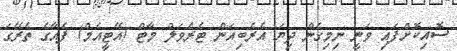
ސޮއިކޮށްފައި ވަނީ ނިމިގެން ދިޔަ އެރެބިއަން ޓެރެވަލް މާޓް (އޭޓީއެމް) ފެއާގެ ތެރޭގަ